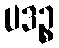
ပဒဉ္စ